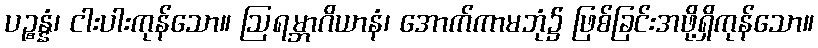
ပဉ္စန္နံ၊ ငါးပါးကုန်သော။ ဩရမ္ဘာဂိယာနံ၊ အောက်ကာမဘုံ၌ ဖြစ်ခြင်းအဖို့ရှိကုန်သော။